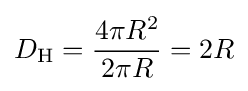
D_{\text{H}}={\frac {4\pi R^{2}}{2\pi R}}=2R